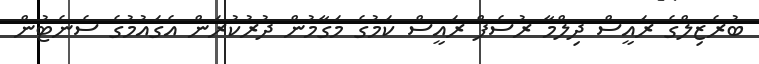
ބުރެޒިލްގެ ރައީސް ދިލްމާ ރުސެފް ރައީސް ކަމުގެ މަގާމުން ދުރުކުރަން އެގައުމުގެ ސެނެޓުން